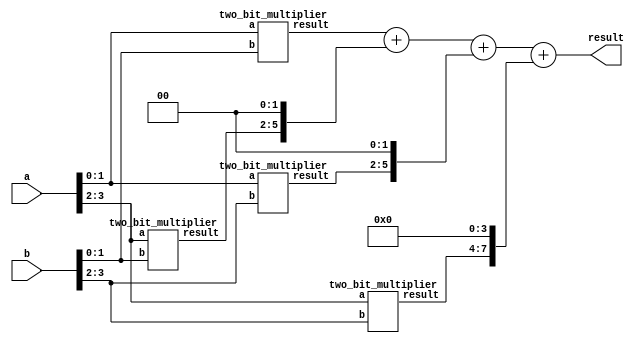
module four_bit_multiplier(
    input [3:0] a, b,
    output [7:0] result
);

wire [3:0] result3, result2, result1, result0;
wire [7:0] shifted_result3, shifted_result2, shifted_result1;

two_bit_multiplier m0(a[1:0], b[1:0], result0);
two_bit_multiplier m1(a[3:2], b[1:0], result1);
two_bit_multiplier m2(a[1:0], b[3:2], result2);
two_bit_multiplier m3(a[3:2], b[3:2], result3);

assign shifted_result1 = result1 << 2;
assign shifted_result2 = result2 << 2;
assign shifted_result3 = result3 << 4;
assign result = result0 + {result1, 2'b00} + {result2, 2'b00} + {result3, 4'b00};
// result1<<2 + result2<<2 +result3<<4;
// assign result = result0 + shifted_result1 + shifted_result2 + shifted_result3;

endmodule

module two_bit_multiplier(
    // input clk, nrst, 
    input [1:0] a, b,
    output [3:0] result
);
// Brilliant circuit by Joy
// for clk:
//     if (!nrst)
//         result = a * b;
//     else
//         result += result

// always @ (posedge clk) begin
    // if (!nrst)
        // result <= 0;
    // else
      assign result = a * b; 
// end

endmodule